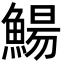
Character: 鰑